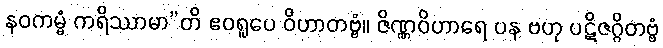
နဝကမ္မံ ကရိဿာမာ”တိ ဧဝရူပေ ဝိဟာတဗ္ဗံ။ ဇိဏ္ဏဝိဟာရေ ပန ဗဟု ပဋိဇဂ္ဂိတဗ္ဗံ